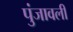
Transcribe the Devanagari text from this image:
पुंजावली